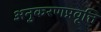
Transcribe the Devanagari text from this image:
अनुकरणप्रवृत्ति